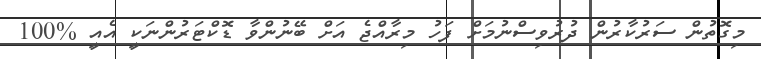
މިގޮތުން ސަރުކާރުން ދުރުވިސްނުމަށް ފަހު މިރާއްޖެ އަށް ބޭނުންވާ ޑޮކްޓަރުންނަކީ އެއީ %100